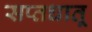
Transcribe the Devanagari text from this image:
सप्तधातू